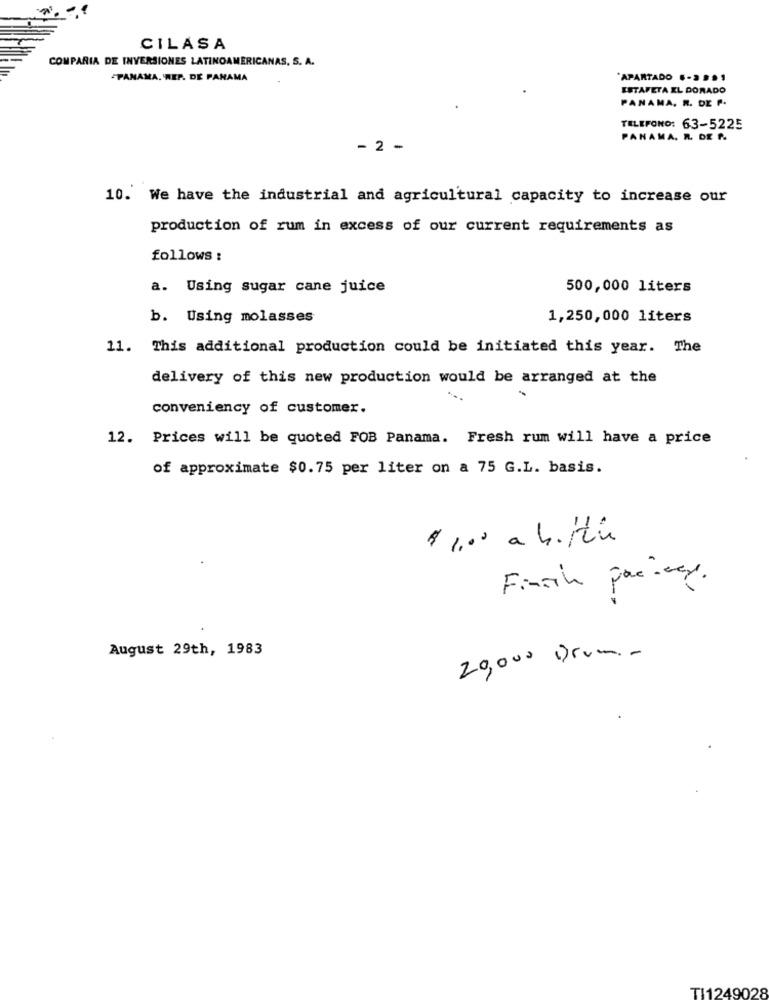
CILASA
COMPARIA DE INVERSIONES LATINOAMERICANAS, S. A.
PANAMA. WEP. DE PANAMA
APARTADO .. 2 .51
ESTAFETA EL DORADO
PANAMA. R. DE P.
TELEFONO: 63-5225
PANAMA. R. DE N.
- 2 -
10. We have the industrial and agricultural capacity to increase our
production of rum in excess of our current requirements as
follows :
a. Using sugar cane juice
500,000 liters
b. Using molasses
1,250,000 liters
11. This additional production could be initiated this year. The
delivery of this new production would be arranged at the
conveniency of customer.
12. Prices will be quoted FOB Panama. Fresh rum will have a price
of approximate $0.75 per liter on a 75 G.L. basis.
$ 1.00 a bitti
Finish parkway.
August 29th, 1983
20,000 Drum ..
TI1249028